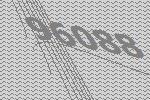
96088